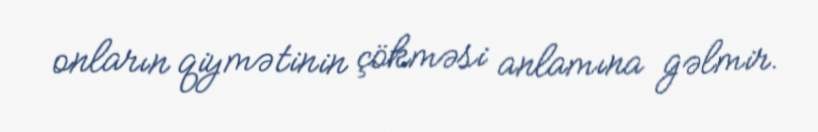
onların qiymətinin çökməsi anlamına gəlmir.